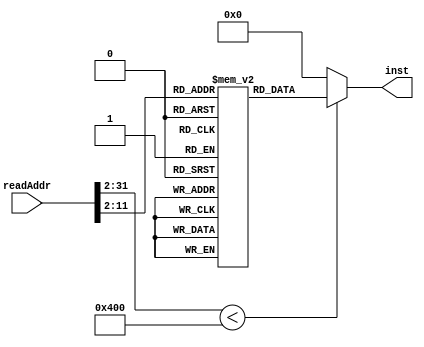
`timescale 1ns / 1ps
//////////////////////////////////////////////////////////////////////////////////
// Company: 
// Engineer: 
// 
// Design Name: 
// Module Name: instMemory
// Project Name: 
// Target Devices: 
// Tool Versions: 
// Description: 
// 
// Dependencies: 
// 
// Revision:
// Revision 0.01 - File Created
// Additional Comments:
// 
//////////////////////////////////////////////////////////////////////////////////


module instMemory(
        input [31:0] readAddr,
        output reg [31:0] inst
    );

    reg [31:0] memFile [0:1023];
    
    always @ (readAddr)
    begin
//        $display("entering");
        inst = ((readAddr>>2) < 1024 ? memFile[readAddr>>2]:0);
    end

endmodule